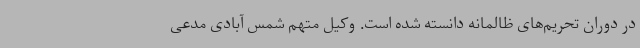
در دوران تحریم‌های ظالمانه دانسته شده است. وکیل متهم شمس آبادی مدعی